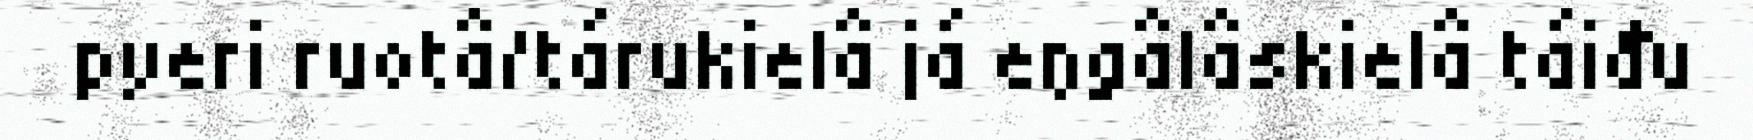
pyeri ruotâ/tárukielâ já eŋgâlâskielâ táiđu